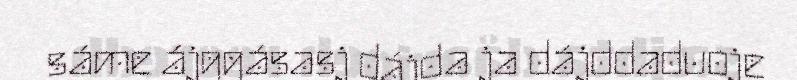
sáme ájggásasj dájda ja dájddaduoje